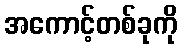
အကောင့်တစ်ခုကို